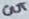
Text: OUT